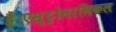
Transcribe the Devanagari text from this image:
हैं।एस्ट्रोनामिकल